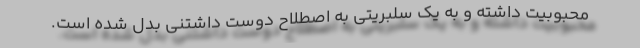
محبوبیت داشته و به یک سلبریتی به اصطلاح دوست داشتنی بدل شده است.